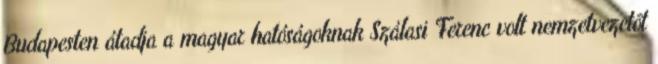
Budapesten átadja a magyar hatóságoknak Szálasi Ferenc volt nemzetvezetõt